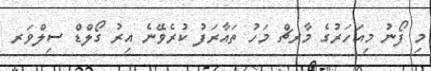
މި ފޯނު މިއަހަރުގެ މާރޗް މަހު ތައާރަފު ކުރެވޭނެ އިރު ގޯލްޑް ސިލްވަރ